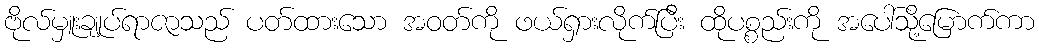
ဗိုလ်မှူးချုပ်ရာဇာသည် ပတ်ထားသော အဝတ်ကို ဖယ်ရှားလိုက်ပြီး ထိုပစ္စည်းကို အပေါ်သို့မြောက်ကာ